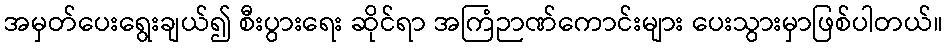
အမှတ်ပေးရွေးချယ်၍ စီးပွားရေး ဆိုင်ရာ အကြံဉာဏ်ကောင်းများ ပေးသွားမှာဖြစ်ပါတယ်။